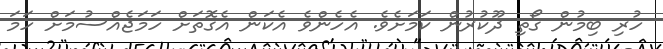
ހުރި ބިމުން ގޯތި ދޫކުރުން ކަމަށެވެ. އެހެންވެ އެކަން އެގޮތަށް ހަމަޖެއްސުމަށް ހަމަ